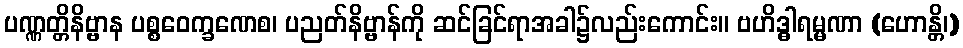
ပဏ္ဏတ္တိနိဗ္ဗာန ပစ္စဝေက္ခဏေစ၊ ပညတ်နိဗ္ဗာန်ကို ဆင်ခြင်ရာအခါ၌လည်းကောင်း။ ဗဟိဒ္ဓါရမ္မဏာ (ဟောန္တိ၊)